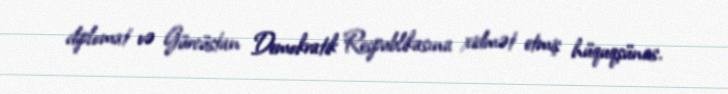
diplomat və Gürcüstan Demokratik Respublikasına xidmət etmiş hüquqşünas.